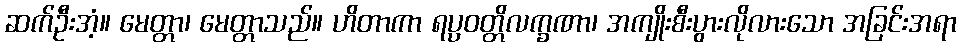
ဆက်ဦးအံ့။ မေတ္တာ၊ မေတ္တာသည်။ ဟိတာကာ ရပ္ပဝတ္တိလက္ခဏာ၊ အကျိုးစီးပွားလိုလားသော အခြင်းအရာ